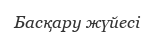
Басқару жүйесі